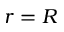
r = R